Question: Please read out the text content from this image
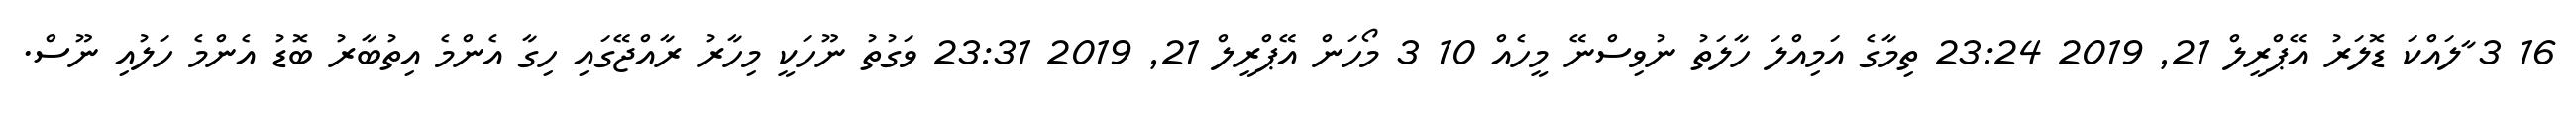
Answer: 16 3 ާލައްކަ ޑޮލަރު އޭޕްރީލް 21, 2019 23:24 ތިމާގެ އަމިއްލަ ހާލަތު ނުވިސްނޭ މީހެއް 10 3 މޯހަން އޭޕްރީލް 21, 2019 23:31 ވަގުތު ނޫހަކީ މިހާރު ރާއްޖޭގައި ހިގާ އެންމެ އިތުބާރު ބޮޑު އެންމެ ހަލުއި ނޫސް.